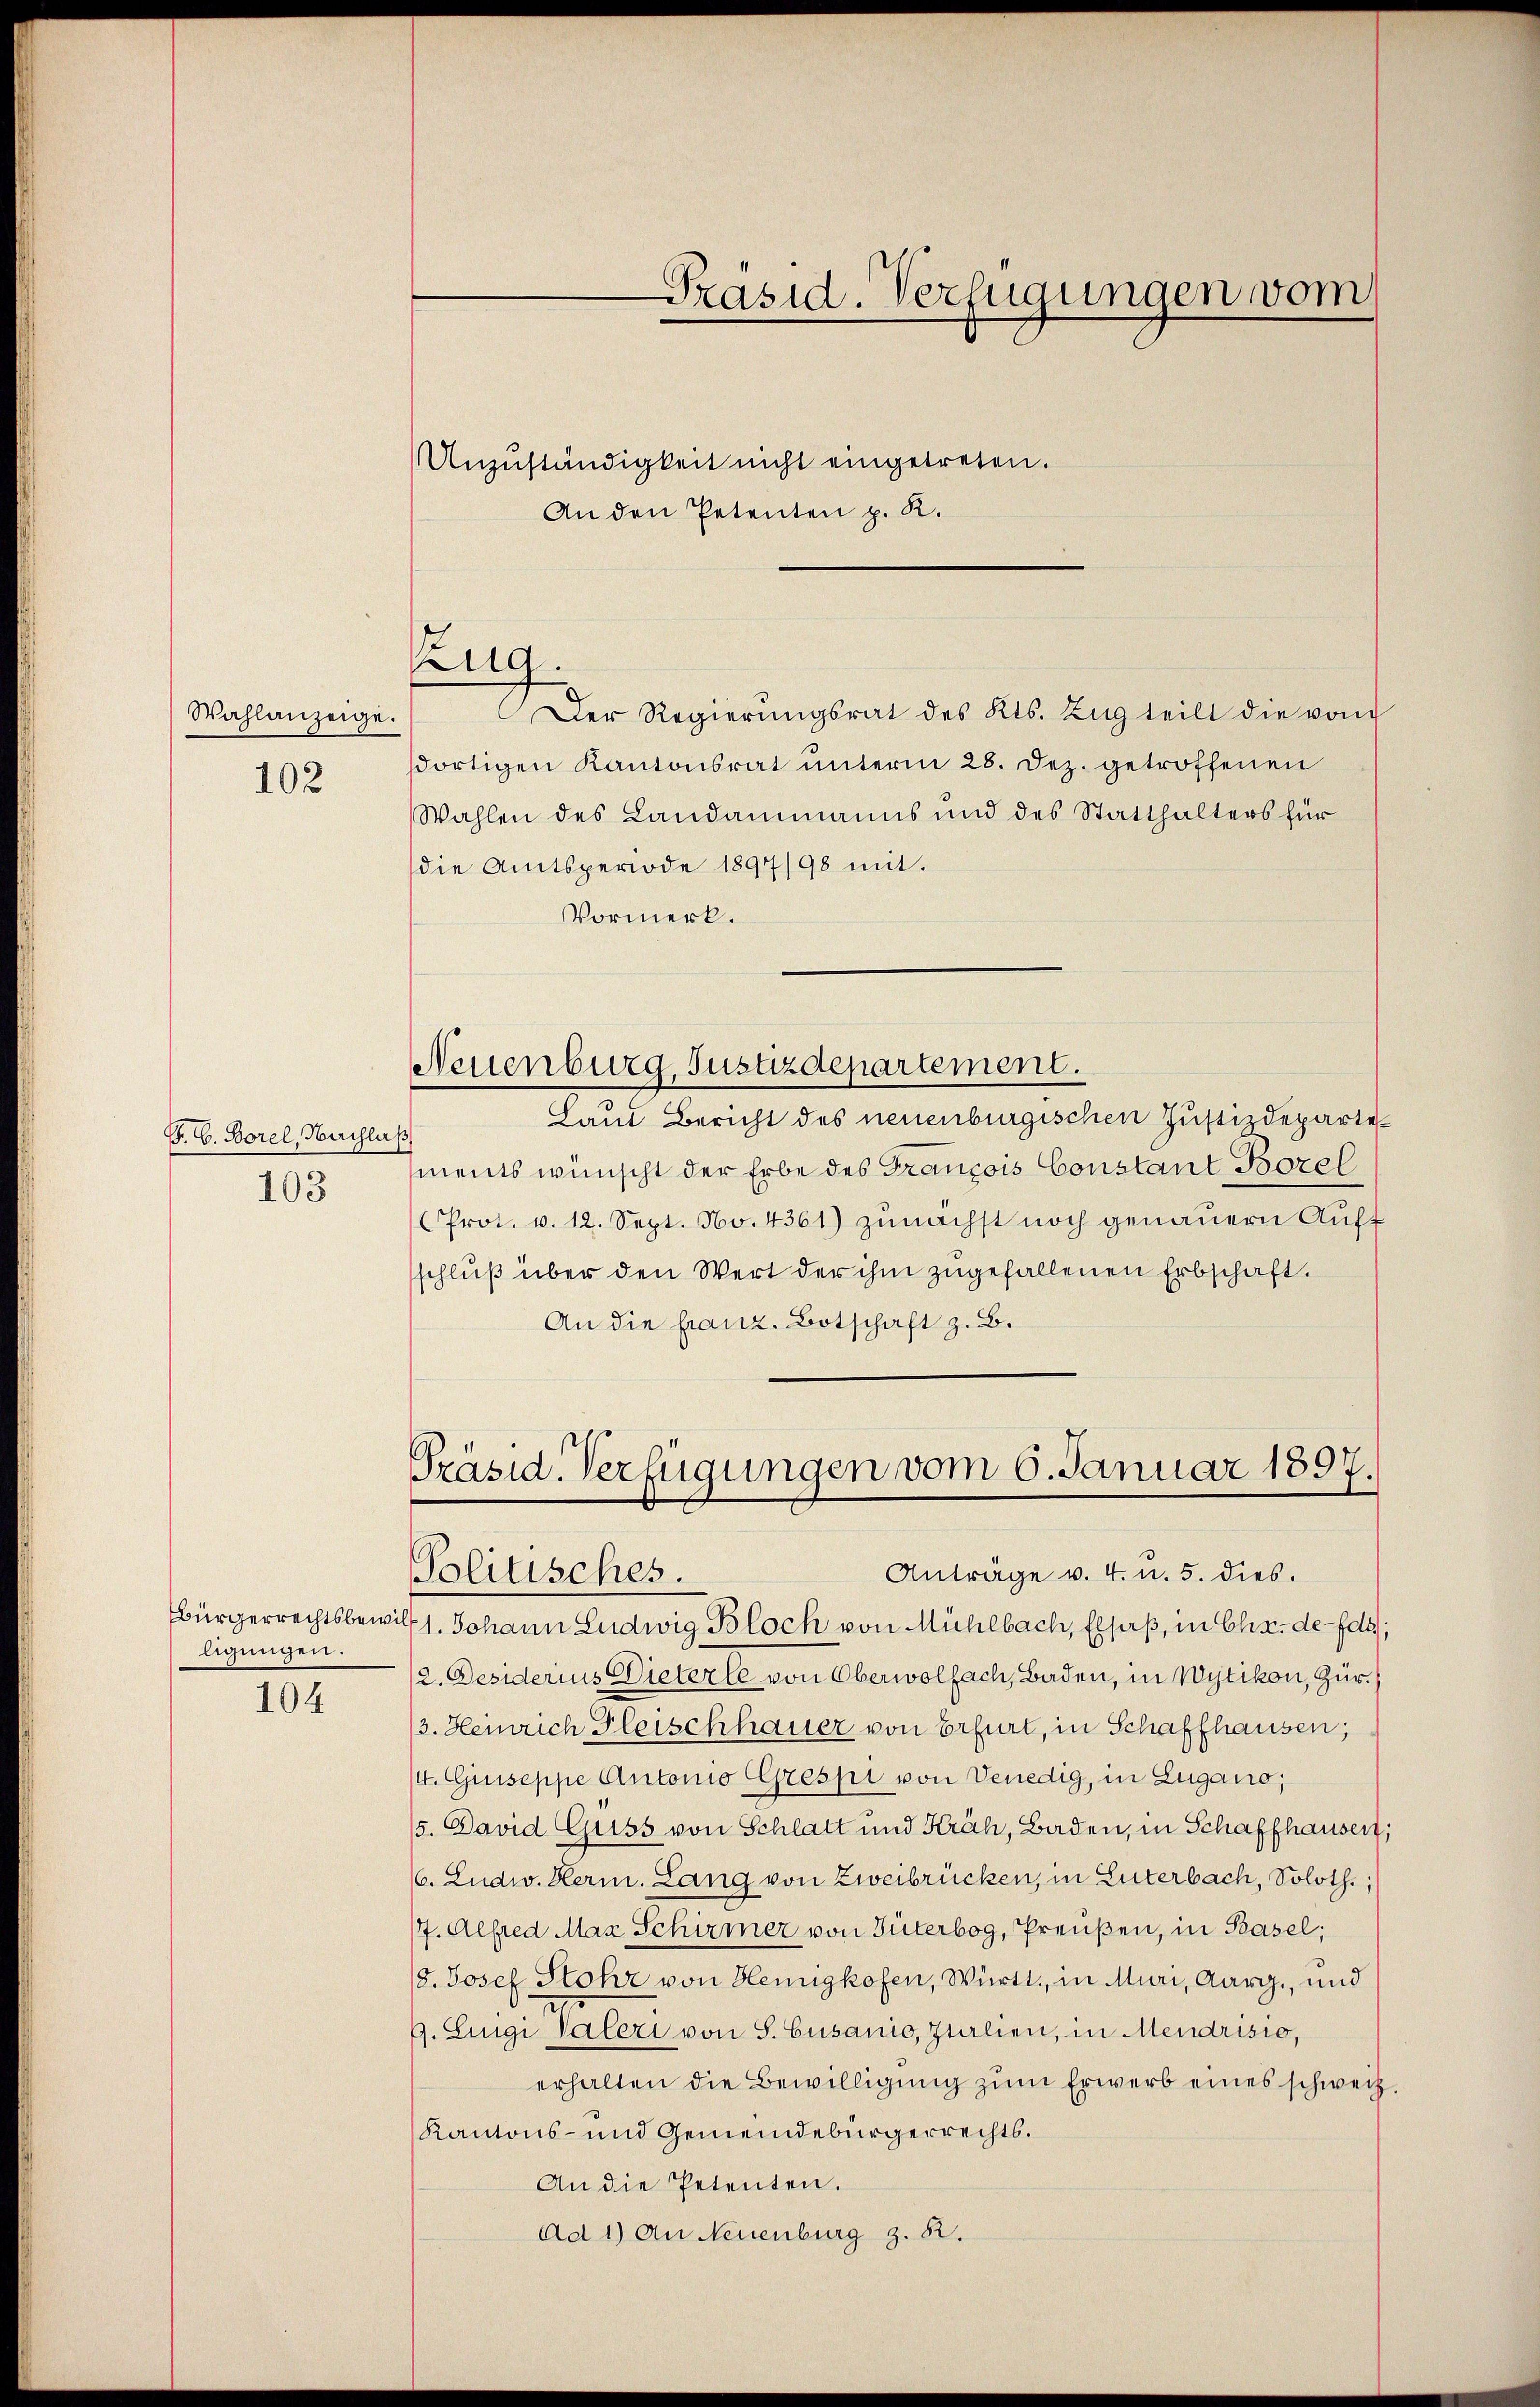
Wahlanzeige.
102

P. G. Borel, Nachlaß
103

ligungen.
104

Anzŭständigkeit nicht eingetreten.
An den Petenten p. K.
Der Regierŭngsrat des Kts. Zŭg teilt die vom
dortigen Kantonsrat unterm 28. Dez. getroffenen
Wahlen des Landammanns und des Statthalters für
die Amtsperiode 1897/98 mit.
Vormerk.
Neuenburg, Justizdepartement.
Laut Bericht des neuenburgischen Justizdepartements wünscht der Erbe des François Constant Bezel
Prot. v. 12. Sept. No. 4361) zunächst noch genauern Auft
schluß über den Wert der ihm zugefallenen Erbschaft.
An die franz. Botschaft z. B.

Zug.

Präsid. Verfügungen vom

Präsid. Verfügungen vom 6. Januar 1897.
Anträge v. 4. u. 5. dies.
Politisches.

Bürgerrechtsbewill 1. Johann Ludwig Bloch von Mühlbach, Elsaß, in Chr. de-Edt;
12. Desiderius Dieterle von Oberwolfach, Baden, in Wytikon, Zür
/3. Heinrich Fleischhauer von Erfurt, in Schaffhausen;
/4. Giiseppe Autonio Grespi von Venedig, in Lugano,
5. David Guss von Schlatt und Kräh, Baden, in Schaffhausen;
66. Ludw. Herm. Lang von Zweibrücken, in Luterbach, Soloth.,
17. Alfred Max Schirmer von Güterbog, Preußen, in Basel;
18. Josef Stohr von Heinigkofen, Württ. in Muri, Aarg., und
9. Luigi Vateri von S. Gusanio, Italien, in Mendrisio,
erhalten die Bewilligung zŭm Erwerb eines schweiz.
Kantons- und Gemeindebürgerrechts.
An die Petenten.
Ad 1) An Neuenburg z. B.